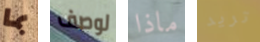
بما لوصف ماذا تريد